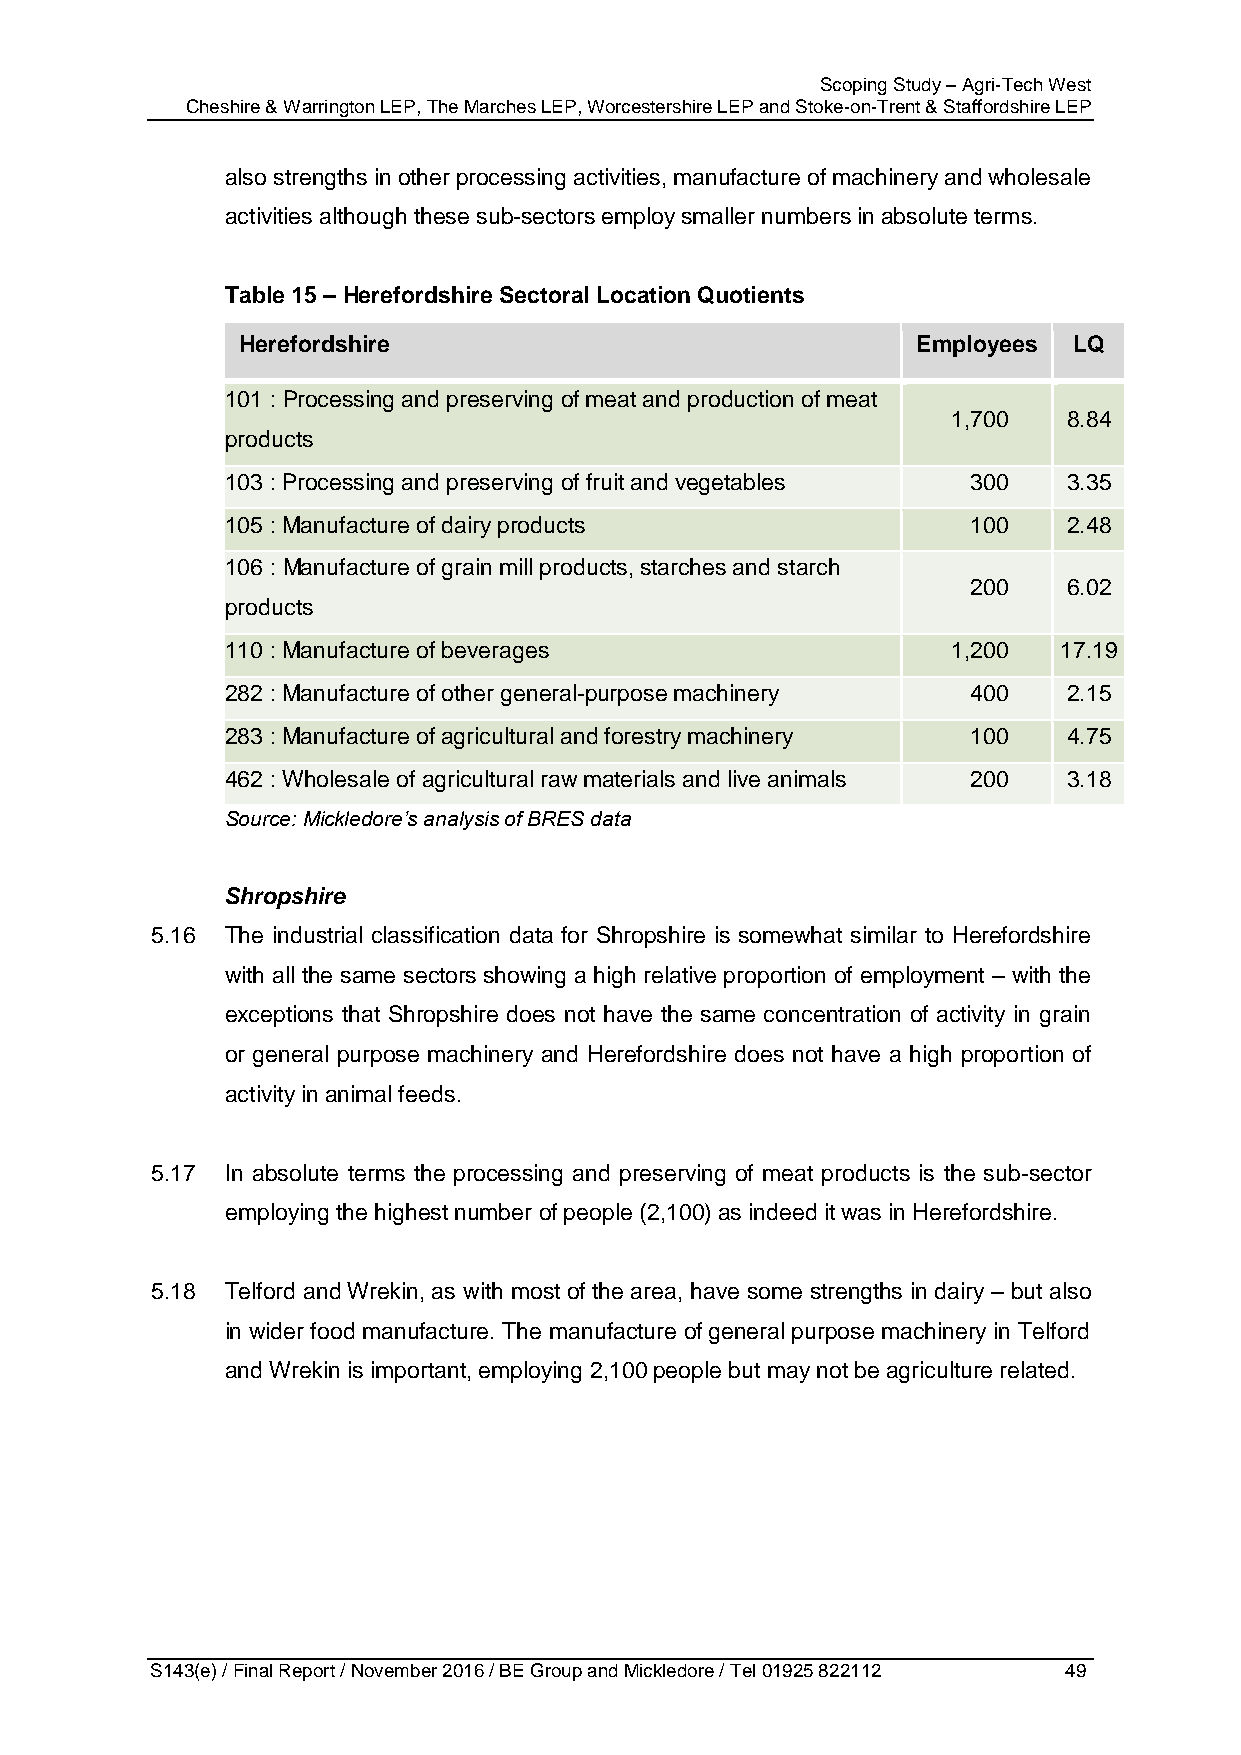
Scoping Study – Agri-Tech West
 Cheshire & Warrington LEP, The Marches LEP, Worcestershire LEP and Stoke-on-Trent & Staffordshire LEP
 also strengths in other processing activities, manufacture of machinery and wholesale
 activities although these sub-sectors employ smaller numbers in absolute terms.
 Table 15 – Herefordshire Sectoral Location Quotients
 Herefordshire                                Employees LQ
 101 : Processing and preserving of meat and production of meat
 1,700   8.84
 products
 103 : Processing and preserving of fruit and vegetables 300 3.35
 105 : Manufacture of dairy products              100    2.48
 106 : Manufacture of grain mill products, starches and starch
 200    6.02
 products
 110 : Manufacture of beverages                  1,200  17.19
 282 : Manufacture of other general-purpose machinery 400 2.15
 283 : Manufacture of agricultural and forestry machinery 100 4.75
 462 : Wholesale of agricultural raw materials and live animals 200 3.18
 Source: Mickledore’s analysis of BRES data
 Shropshire
 5.16 The industrial classification data for Shropshire is somewhat similar to Herefordshire
 with all the same sectors showing a high relative proportion of employment – with the
 exceptions that Shropshire does not have the same concentration of activity in grain
 or general purpose machinery and Herefordshire does not have a high proportion of
 activity in animal feeds.
 5.17 In absolute terms the processing and preserving of meat products is the sub-sector
 employing the highest number of people (2,100) as indeed it was in Herefordshire.
 5.18 Telford and Wrekin, as with most of the area, have some strengths in dairy – but also
 in wider food manufacture. The manufacture of general purpose machinery in Telford
 and Wrekin is important, employing 2,100 people but may not be agriculture related.
 S143(e) / Final Report / November 2016 / BE Group and Mickledore / Tel 01925 822112 49